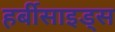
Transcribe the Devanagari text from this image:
हर्बीसाइड्स